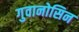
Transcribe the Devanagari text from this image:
गुवानोसिन